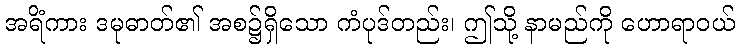
အရိံကား ဒမုဓာတ်၏ အစ၌ရှိသော ကံပုဒ်တည်း၊ ဤသို့ နာမည်ကို ဟောရာဝယ်